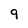
Character: 9